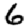
Digit: 6